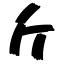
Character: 斤